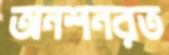
অনশনরত